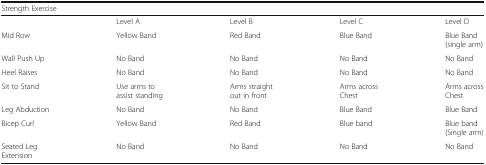
| <COLSPAN=5> Strength Exercise |
 | --- | --- | --- | --- | --- |
 |  | Level A | Level B | Level C | Level D |
 | Mid Row | Yellow Band | Red Band | Blue Band | Blue Band (single arm) |
 | Wall Push Up | No Band | No Band | No Band | No Band |
 | Heel Raises | No Band | No Band | No Band | No Band |
 | Sit to Stand | Use arms to assist standing | Arms straight out in front | Arms across Chest | Arms across Chest |
 | Leg Abduction | No Band | No Band | Blue Band | Blue Band |
 | Bicep Curl | Yellow Band | Red Band | Blue band | Blue band (Single arm) |
 | Seated Leg Extension | No Band | No Band | No Band | No Band |